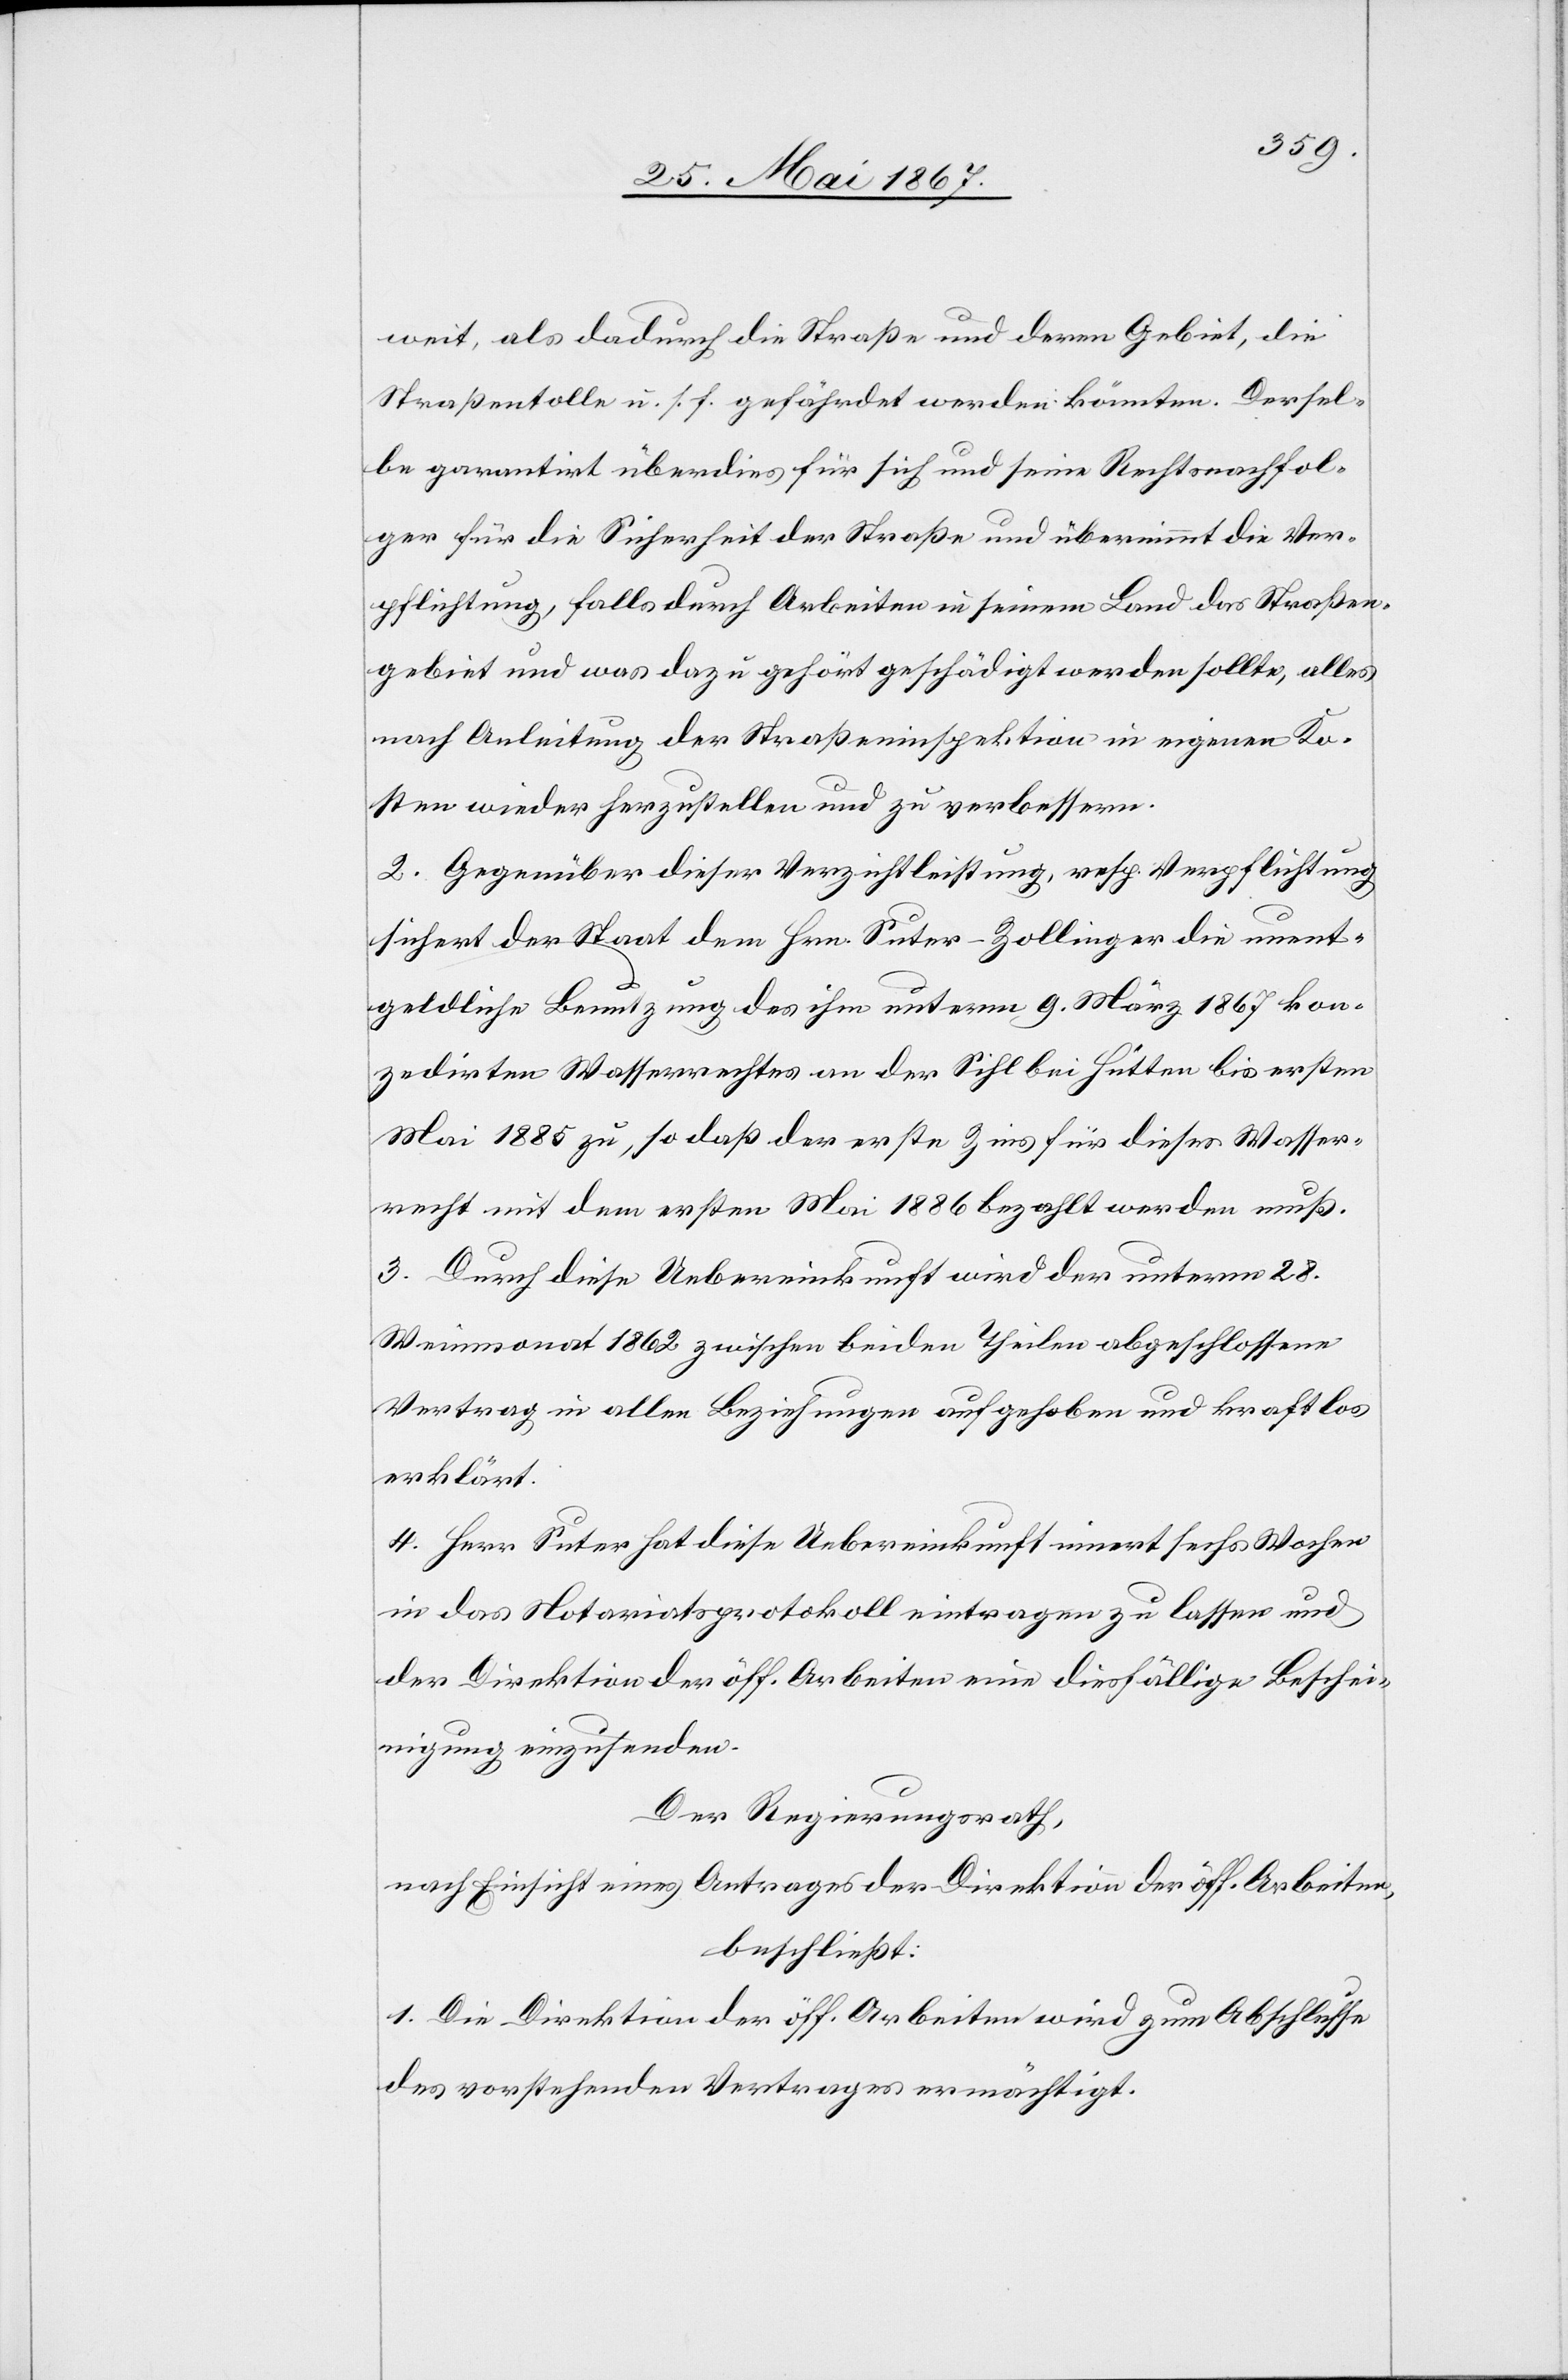
weit, als dadurch die Straße und deren Gebiet, die
Straßentolle u. s. f. gefährdet werden könnten. Dersel¬
be garantirt überdies für sich und seine Rechtsnachfol¬
ger für die Sicherheit der Straße und übernimmt die Ver¬
pflichtung, falls durch Arbeiten in seinem Land das Straßen¬
gebiet und was dazu gehört geschädigt werden sollte, alles
nach Anleitung der Straßeninspektion in eigenen Ko¬
sten wieder herzustellen und zu verbessern.
2. Gegenüber dieser Verzichtleistung, resp. Verpflichtung
sichert der Staat dem Hrn. Suter-Zollinger die unent¬
geldliche Benutzung des ihm unterm 9. März 1867 kon¬
zedirten Wasserrechtes an der Sihl bei Hütten bis ersten
Mai 1885 zu, so daß der erste Zins für dieses Wasser¬
recht mit dem ersten Mai 1886 bezahlt werden muß.
3. Durch diese Uebereinkunft wird der unterm 28.
Weinmonat 1862 zwischen beiden Theilen abgeschlossene
Vertrag in allen Beziehungen aufgehoben und kraftlos
erklärt.
4. Herr Suter hat diese Uebereinkunft innert sechs Wochen
in das Notariatsprotokoll eintragen zu lassen und
der Direktion der öff. Arbeiten eine diesfällige Beschei¬
nigung einzusenden.
Der Regierungsrath,
nach Einsicht eines Antrages der Direktion der öff. Arbeiten,
beschließt:
1. Die Direktion der öff. Arbeiten wird zum Abschlusse
des vorstehenden Vertrages ermächtigt.